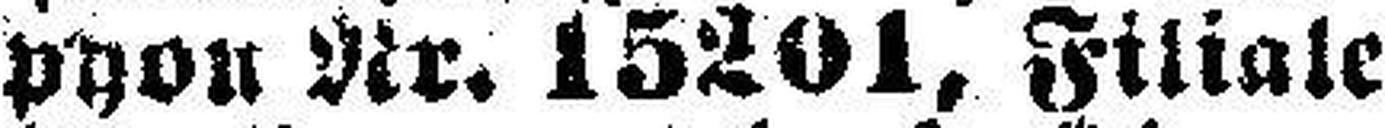
phon Nr. 15201, Filiale